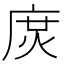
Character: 𢉙